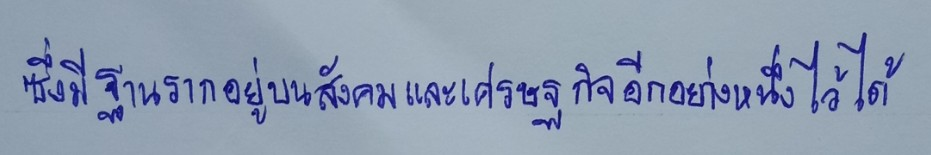
ซึ่งมีฐานรากอยู่บนสังคมและเศรษฐกิจอีกอย่างหนึ่งไว้ได้